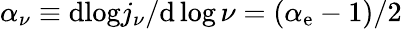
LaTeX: \alpha_{\nu}\equiv\mathrm{d}{\log}j_{\nu}/\mathrm{d}\log\nu=(\alpha_{\mathrm{e}}-1)/2